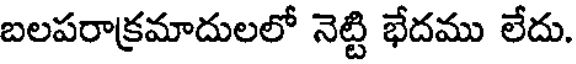
బలపరాక్రమాదులలో నెట్టి భేదము లేదు.